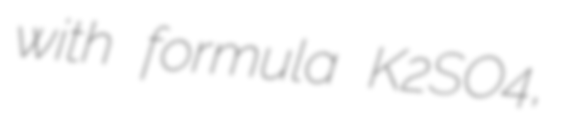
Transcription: with formula K2SO4,